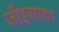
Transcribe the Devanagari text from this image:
जॉइसाचा